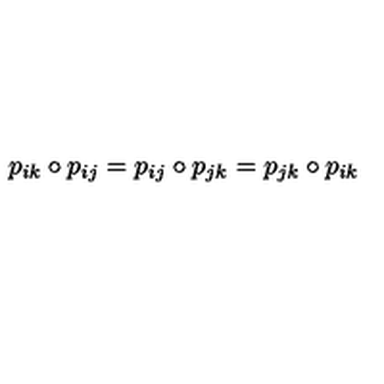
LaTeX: p _ { i k } \circ p _ { i j } = p _ { i j } \circ p _ { j k } = p _ { j k } \circ p _ { i k }